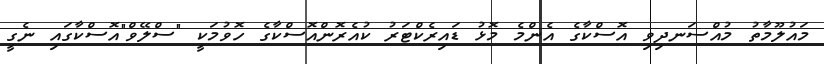
މައުލޫމާތު މުއްސަނދިވި އޮސްކާގެ އެންމެ މޮޅު ޑައިރެކްޓަރު ކުއެރޮންއޮސްކާގެ ހޮވުމަކީ "ސްލޭވް"އޮސްކާގައި ނެގީ